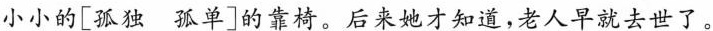
小小的[孤独孤单]的靠椅。后来她才知道，老人早就去世了。